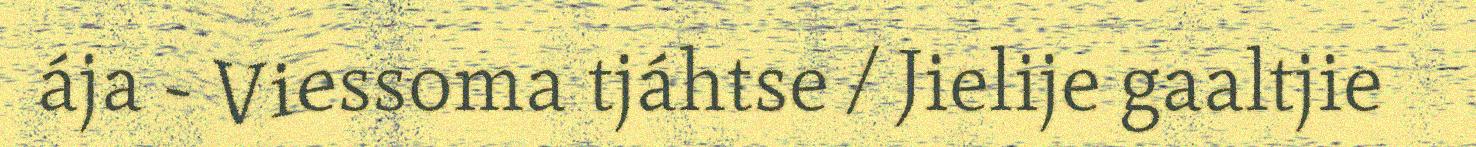
ája - Viessoma tjáhtse / Jielije gaaltjie